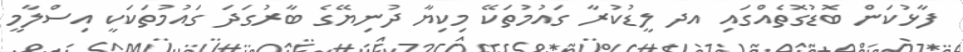
ފާޅުކަން ބޮޑުގޮތެއްގައި އދ ލީޑުކުރާ ގައުމުތަކޭ މިކިޔާ ދުނިޔޭގެ ބާރުގަދަ ގައުމުތަކަކީ އިސްލާމީ